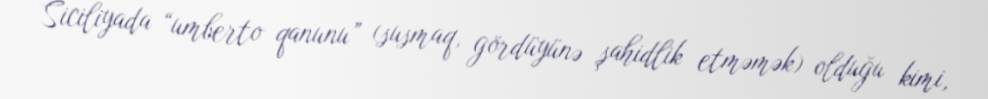
Siciliyada “umberto qanunu” (susmaq, gördüyünə şahidlik etməmək) olduğu kimi,